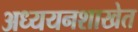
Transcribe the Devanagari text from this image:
अध्ययनशाखेत